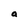
Character: a